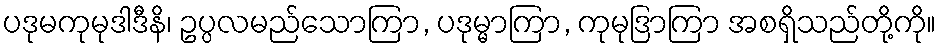
ပဒုမကုမုဒါဒီနိ၊ ဥပ္ပလမည်သောကြာ, ပဒုမ္မာကြာ, ကုမုဒြာကြာ အစရှိသည်တို့ကို။